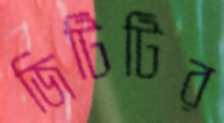
জিটিটির